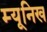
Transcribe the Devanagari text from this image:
म्‍यूनिख